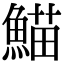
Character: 𮬂